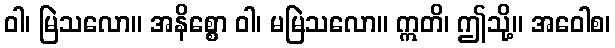
ဝါ၊ မြဲသလော။ အနိစ္စော ဝါ၊ မမြဲသလော။ ဣတိ၊ ဤသို့။ အဝေါစ၊